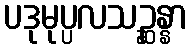
ပဒုမုပ္ပလသဉ္ဆန္နာ